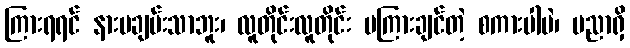
ကြားရရင် နားမချမ်းသာဘူး၊ လူတိုင်းလူတိုင်း မကြားချင်တဲ့ စကားပါပဲ၊ ပညာရှိ